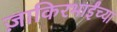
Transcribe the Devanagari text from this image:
ज़ाकिरभाईंच्या